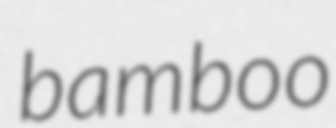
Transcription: bamboo